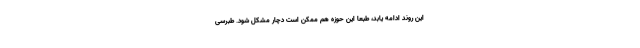
این روند ادامه یابد، طبعا این حوزه هم ممکن است دچار مشکل شود. طبرسی